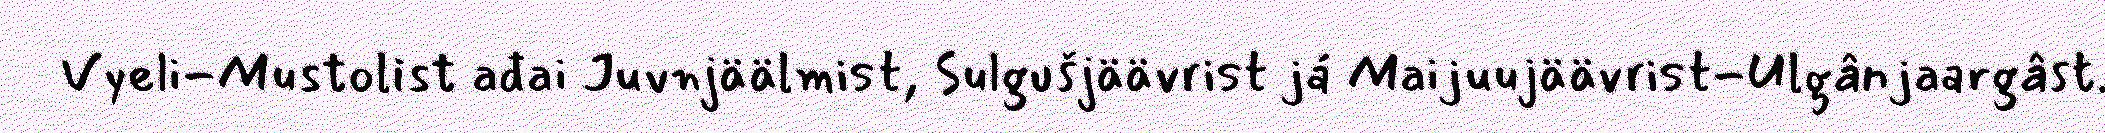
Vyeli-Mustolist ađai Juvnjäälmist, Sulgušjäävrist já Maijuujäävrist-Ulgânjaargâst.